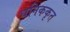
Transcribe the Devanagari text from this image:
धनिककृत